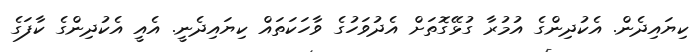
ކިޔައިދެން. އެކުދިންގެ އުމުރާ ގުޅޭގޮތަށް އެދުވަހުގެ ވާހަކަތައް ކިޔައިދެނީ. އެއީ އެކުދިންގެ ކާފަގެ